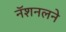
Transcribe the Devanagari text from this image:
नॅशनलने